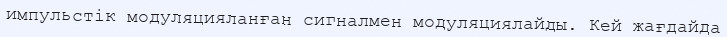
импульстік модуляцияланған сигналмен модуляциялайды. Кей жағдайда